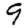
Digit: 9